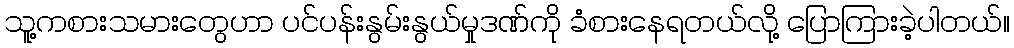
သူ့ကစားသမားတွေဟာ ပင်ပန်းနွမ်းနွယ်မှုဒဏ်ကို ခံစားနေရတယ်လို့ ပြောကြားခဲ့ပါတယ်။